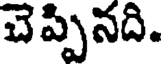
చె ప్పినది.